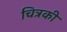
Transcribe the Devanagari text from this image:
चित्रकी